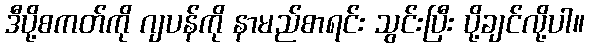
ဒီပို့စကတ်ကို ဂျပန်ကို နာမည်စာရင်း သွင်းပြီး ပို့ချင်လို့ပါ။